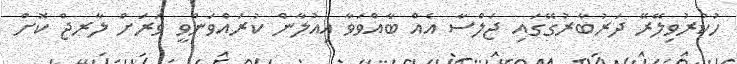
ހުކުރުވިލޭރޭ ދަރުބާރުގޭގައި ޖަލްސާ އެއް ބާއްވަވާ އިއުލާން ކުރައްވަންވީ ވަރަށް ލާރޖް ކޮށް